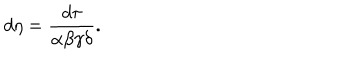
d \eta = \frac { d \tau } { \alpha \beta \gamma \delta } .